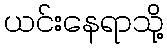
ယင်းနေရာသို့